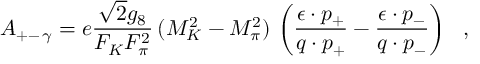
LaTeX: \left. { \cal A } _ { + - \, \gamma } = e \frac { \sqrt { 2 } g _ { 8 } } { F _ { K } F _ { \pi } ^ { 2 } } \, ( M _ { K } ^ { 2 } - M _ { \pi } ^ { 2 } ) \, \left( \frac { \epsilon \cdot p _ { + } } { q \cdot p _ { + } } - \frac { \epsilon \cdot p _ { - } } { q \cdot p _ { - } } \right) \ \ , \right.